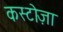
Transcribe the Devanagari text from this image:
कस्टोज़ा